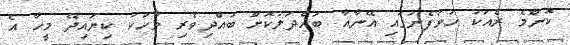
ކޮންމެ ރެއަކު ހުވަފެނުގައި އޭނާއާ ބައްދަލުކޮށް ބުއްދިވެރި ވާހަކަ ކިޔައިދޭ މީހާ އެ